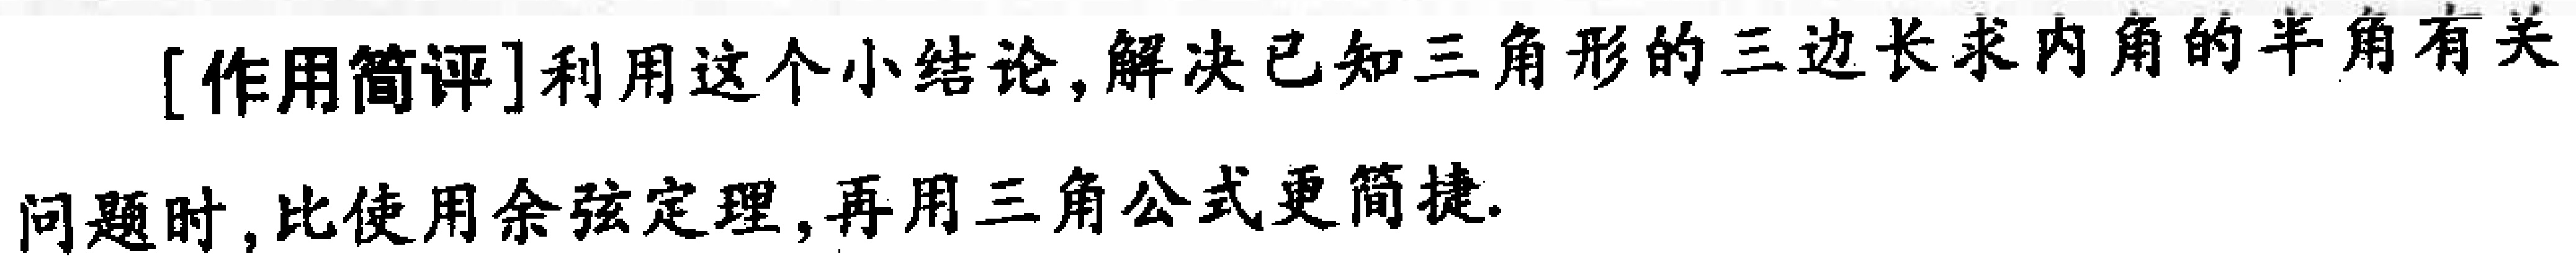
[作用简评]利用这个小结论,解决已知三角形的三边长求内角的半角有关问题时,比使用余弦定理,再用三角公式更简捷.